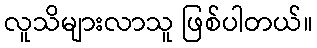
လူသိများလာသူ ဖြစ်ပါတယ်။